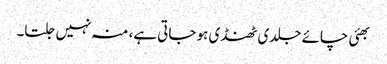
بھئی چائے جلدی ٹھنڈی ہو جاتی ہے، منہ نہیں جلتا۔